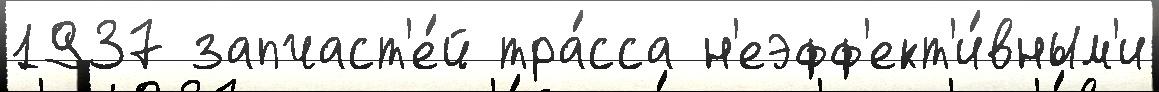
1937 запчаст'е́й тра́сса н'еэфф'ект'и́вным'и